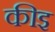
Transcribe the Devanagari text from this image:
कीइ